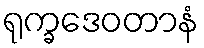
ရုက္ခဒေဝတာနံ